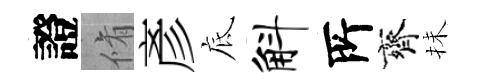
證脩彥底斛𠩄齊抺